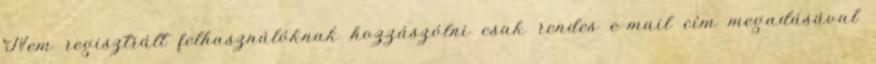
Nem regisztrált felhasználóknak hozzászólni csak rendes e-mail cím megadásával